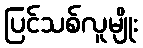
ပြင်သစ်လူမျိုး